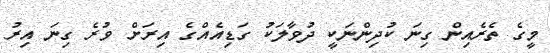
މީގެ ތެރެއިން ގިނަ ކުދިންނަކީ ދުވާލަކު ގަޑިއެއްގެ އިރަށް ވުރެ ގިނަ އިރު